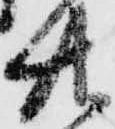
廿